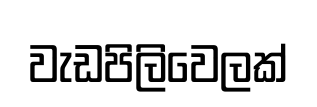
වැඩපිලිවෙලක්